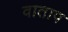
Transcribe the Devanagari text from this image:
वाताप